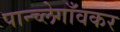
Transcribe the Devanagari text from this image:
पान्च्लेगाँवकर